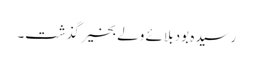
رسیدہ بود بلائے ولے بخیر گذشت۔